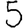
Digit: 5